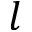
l